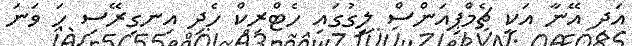
އަދި އޭނާ އަކީ ޗެމްޕިއަންސް ލީގުގައި ހެޓްރިކް ހެދި އިނގިރޭސި ހަ ވަނަ